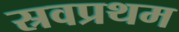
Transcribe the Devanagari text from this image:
स्रवप्रथम